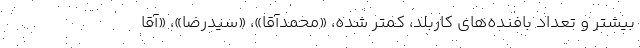
بیشتر و تعداد بافنده‌های کاربلد، کمتر شده، «محمدآقا»، «سیدرضا»، «آقا